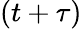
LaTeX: (t+\tau)